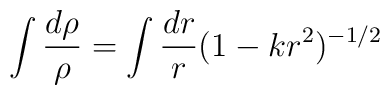
\int \frac{d\rho}{\rho} = \int \frac{dr}{r} (1 - kr^{2})^{-1/2}